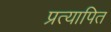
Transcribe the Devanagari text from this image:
प्रत्यापित